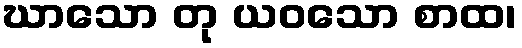
ဃာသော တု ယဝသော စာထ၊